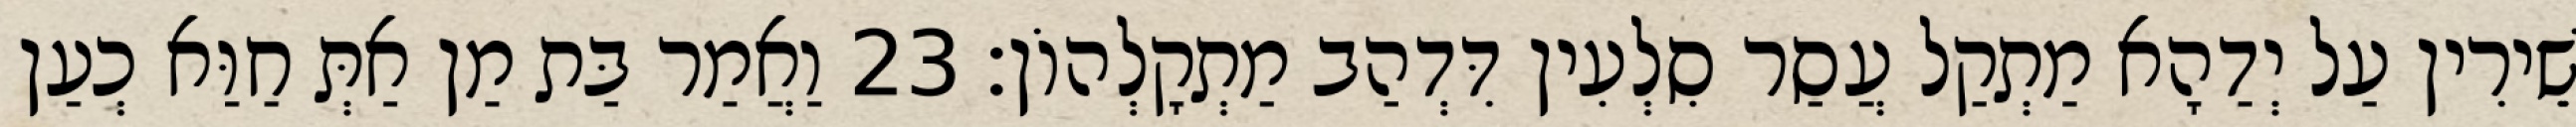
שֵׁירִין עַל יְדַהָא מַתְקַל עֲסַר סִלְעִין דִּדְהַב מַתְקָלְהוֹן׃ 23 וַאֲמַר בַּת מַן אַתְּ חַוַּא כְעַן